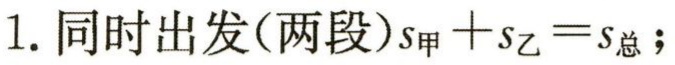
1. 同时出发(两段)$s_{甲}+s_{乙}=s_{总}$;